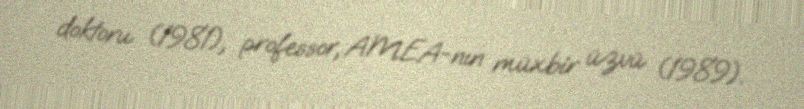
doktoru (1981), professor, AMEA-nın müxbir üzvü (1989).